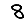
Digit: 8